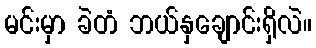
မင်းမှာ ခဲတံ ဘယ်နှချောင်းရှိလဲ။